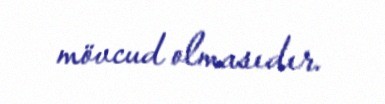
mövcud olmasıdır.